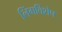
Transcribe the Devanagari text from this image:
लिंगविशेष